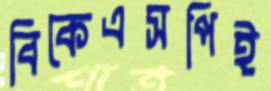
বিকেএসপিই